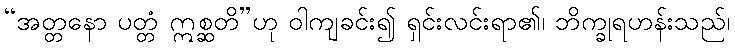
“အတ္တနော ပတ္တံ ဣစ္ဆတိ”ဟု ဝါကျခင်း၍ ရှင်းလင်းရာ၏၊ ဘိက္ခုရဟန်းသည်၊